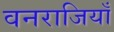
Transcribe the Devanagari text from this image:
वनराजियाँ